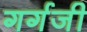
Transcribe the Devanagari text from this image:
गर्गजी